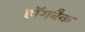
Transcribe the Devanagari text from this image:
हॉगबैक